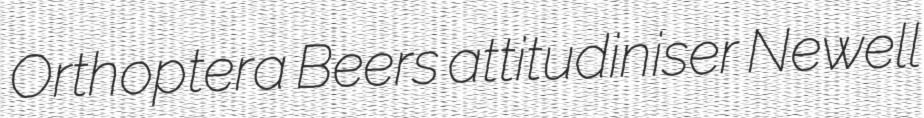
Orthoptera Beers attitudiniser Newell